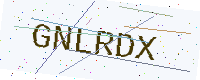
Text: GNLRDX